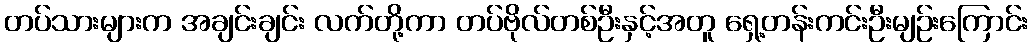
တပ်သားများက အချင်းချင်း လက်တို့ကာ တပ်ဗိုလ်တစ်ဦးနှင့်အတူ ရှေ့တန်းကင်းဦးမျဉ်းကြောင်း